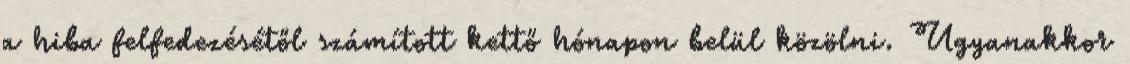
a hiba felfedezésétől számított kettő hónapon belül közölni. Ugyanakkor